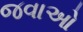
જવાઓ